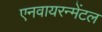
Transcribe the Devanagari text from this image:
एनवायरन्मेंटल